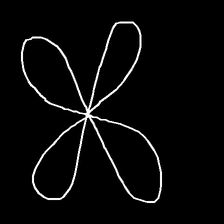
Glyph: billowing